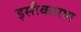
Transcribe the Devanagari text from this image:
इसीकारण